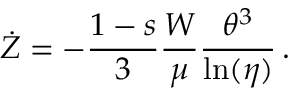
\dot { Z } = - \frac { 1 - s } { 3 } \frac { W } { \mu } \frac { \theta ^ { 3 } } { \ln ( \eta ) } \, .